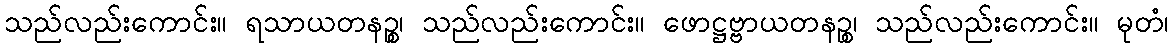
သည်လည်းကောင်း။ ရသာယတနဉ္စ၊ သည်လည်းကောင်း။ ဖောဋ္ဌဗ္ဗာယတနဉ္စ၊ သည်လည်းကောင်း။ မုတံ၊